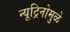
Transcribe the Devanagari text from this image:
न्यूट्रिनोमुळे